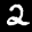
Label: 2